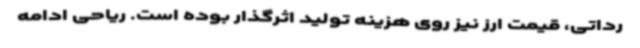
رداتی، قیمت ارز نیز روی هزینه تولید اثرگذار بوده است. ریاحی ادامه